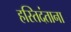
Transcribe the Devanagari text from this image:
हस्तिदंताना